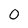
Character: 0